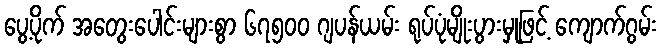
ပွေ့ပိုက် အတွေးပေါင်းများစွာ ၆၇၅၀၀ ဂျပန်ယမ်း ရုပ်ပုံမျိုးပွားမှုဖြင့် ကျောက်ဂွမ်း